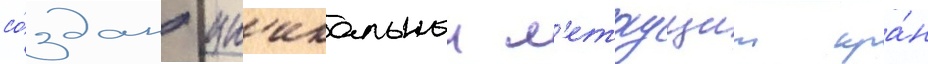
со́здан ун'икальныи л'етаущии кра́н